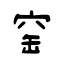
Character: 窑